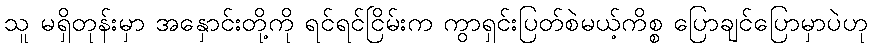
သူ မရှိတုန်းမှာ အနှောင်းတို့ကို ရင်ရင်ငြိမ်းက ကွာရှင်းပြတ်စဲမယ့်ကိစ္စ ပြောချင်ပြောမှာပဲဟု